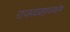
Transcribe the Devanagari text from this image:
राजव्यवहारकोष